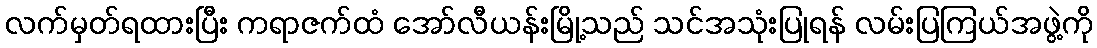
လက်မှတ်ရထားပြီး ကရာဇက်ထံ အော်လီယန်းမြို့သည် သင်အသုံးပြုရန် လမ်းပြကြယ်အဖွဲ့ကို